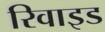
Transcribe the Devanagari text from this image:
रिवाइड